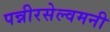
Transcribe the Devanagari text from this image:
पन्नीरसेल्वमनी